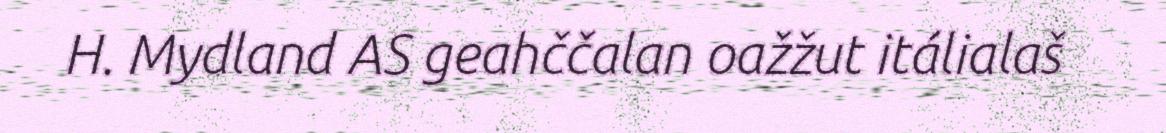
H. Mydland AS geahččalan oažžut itálialaš